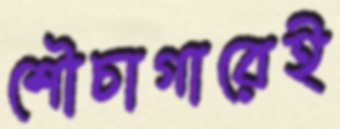
শৌচাগারেই